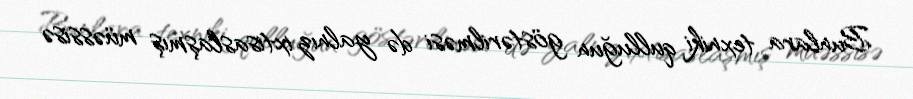
Bunlara texniki qulluğun göstərilməsi də yalnız ixtisaslaşmış müəssisə